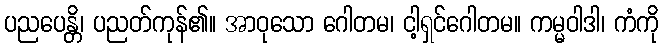
ပညပေန္တိ၊ ပညတ်ကုန်၏။ အာဝုသော ဂေါတမ၊ ငါ့ရှင်ဂေါတမ။ ကမ္မဝါဒါ၊ ကံကို